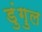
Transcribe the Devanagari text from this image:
डुंगुल